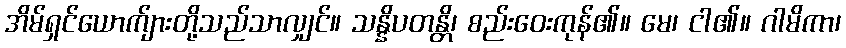
အိမ်ရှင်ယောက်ျားတို့သည်သာလျှင်။ သန္နိပတန္တိ၊ စည်းဝေးကုန်၏။ မေ၊ ငါ၏။ ဂါမိကာ၊